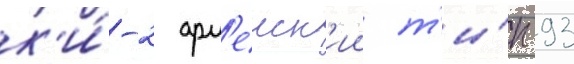
к'и́-2 арм'еиск'ии т'и́п 93